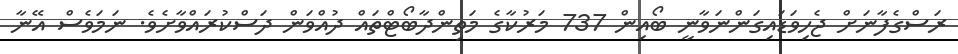
ރަސްގެފާނަށް ޖެހިވަޑައިގަންނަވާނީ ބޯއިން 737 މަރުކާގެ މަތިންްދާބޯޓްތައް ދުއްވަން ދަސްކުރައްވާށެވެ. ނަމަވެސް އޭނާ